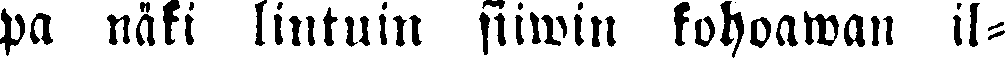
pa näki lintuin siiwin kohoawan il-